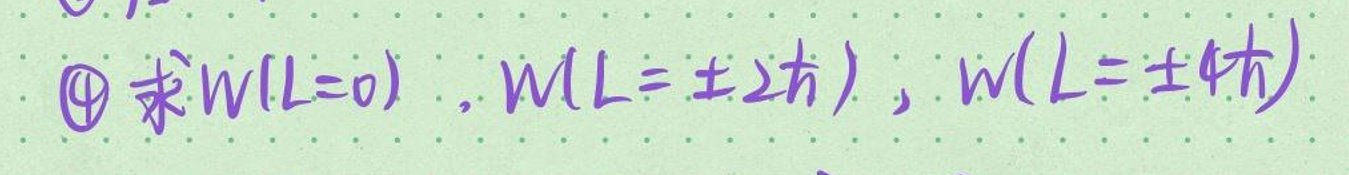
\textcircled{4}求\(W(L = 0)\)，\(W(L = \pm 2\hbar)\)，\(W(L = \pm 4\hbar)\)